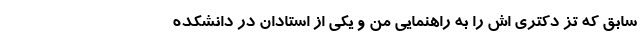
سابق که تز دکتری اش را به راهنمایی من و یکی از استادان در دانشکده